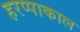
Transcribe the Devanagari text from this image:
हरप्पाकाल